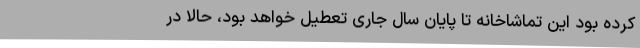
کرده بود این تماشاخانه تا پایان سال جاری تعطیل خواهد بود، حالا در